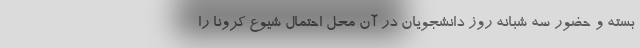
بسته و حضور سه شبانه روز دانشجویان در آن محل احتمال شیوع کرونا را